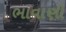
ભાવાણી